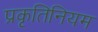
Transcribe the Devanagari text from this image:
प्रकृतिनियम